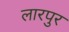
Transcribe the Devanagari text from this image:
लारपुर